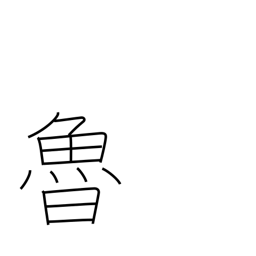
Meaning: Russia